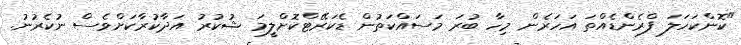
"ކޮންކަހަލަ ފްރެންޑެއްތަ އަހަރެން މިހާ ބުރަ މަސައްކަތުން ޑެކަރޭޓްކޮށްލީމަ ޝުކުރު އަދާކުރާކަށްވެސް ނުކެރުނު.